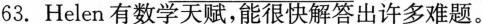
63.Helen有数学天赋，能很快解答出许多难题。